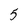
Character: 5